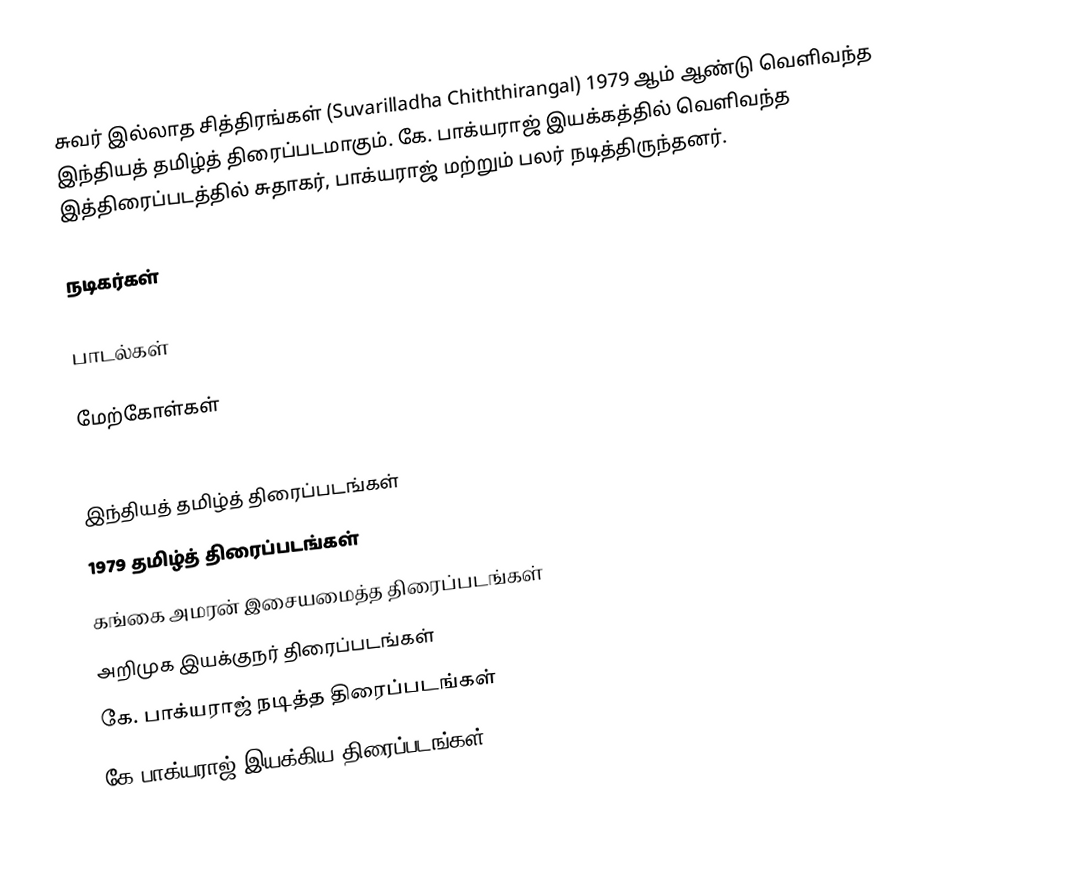
சுவர் இல்லாத சித்திரங்கள் (Suvarilladha Chiththirangal) 1979 ஆம் ஆண்டு வெளிவந்த இந்தியத் தமிழ்த் திரைப்படமாகும். கே. பாக்யராஜ் இயக்கத்தில் வெளிவந்த இத்திரைப்படத்தில் சுதாகர், பாக்யராஜ் மற்றும் பலர் நடித்திருந்தனர்.

நடிகர்கள்

பாடல்கள்

மேற்கோள்கள்

இந்தியத் தமிழ்த் திரைப்படங்கள்
1979 தமிழ்த் திரைப்படங்கள்
கங்கை அமரன் இசையமைத்த திரைப்படங்கள்
அறிமுக இயக்குநர் திரைப்படங்கள்
கே. பாக்யராஜ் நடித்த திரைப்படங்கள்
கே.பாக்யராஜ் இயக்கிய திரைப்படங்கள்